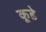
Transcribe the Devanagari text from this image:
कूडे